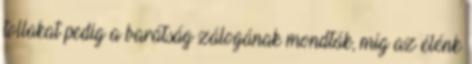
tollakat pedig a barátság zálogának mondták, míg az élénk